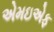
એમઇએફ